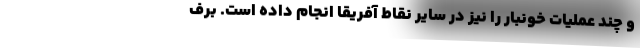
و چند عملیات‌ خونبار را نیز در سایر نقاط آفریقا انجام داده‌ است. برف